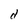
Character: O